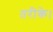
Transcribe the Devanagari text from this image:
तरीके।